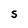
Character: S